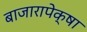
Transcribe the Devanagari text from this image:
बाजारापेक्षा